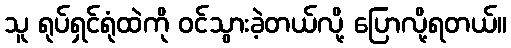
သူ ရုပ်ရှင်ရုံထဲကို ဝင်သွားခဲ့တယ်လို့ ပြောလို့ရတယ်။